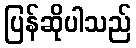
ပြန်ဆိုပါသည်